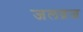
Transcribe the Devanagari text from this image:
जलव्रज